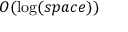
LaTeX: O ( \log ( s p a c e ) )